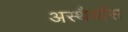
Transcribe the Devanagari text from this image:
अस्थैर्यास